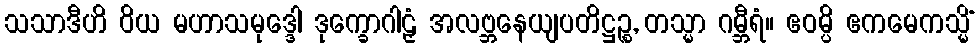
သသာဒီဟိ ဝိယ မဟာသမုဒ္ဒေါ ဒုက္ခောဂါဠှံ အလဗ္ဘနေယျပတိဋ္ဌဉ္စ, တသ္မာ ဂမ္ဘီရံ။ ဧဝမ္ပိ ဧကမေကသ္မိံ